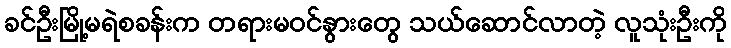
ခင်ဦးမြို့မရဲစခန်းက တရားမဝင်နွားတွေ သယ်ဆောင်လာတဲ့ လူသုံးဦးကို